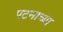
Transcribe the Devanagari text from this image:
पटनाच्या